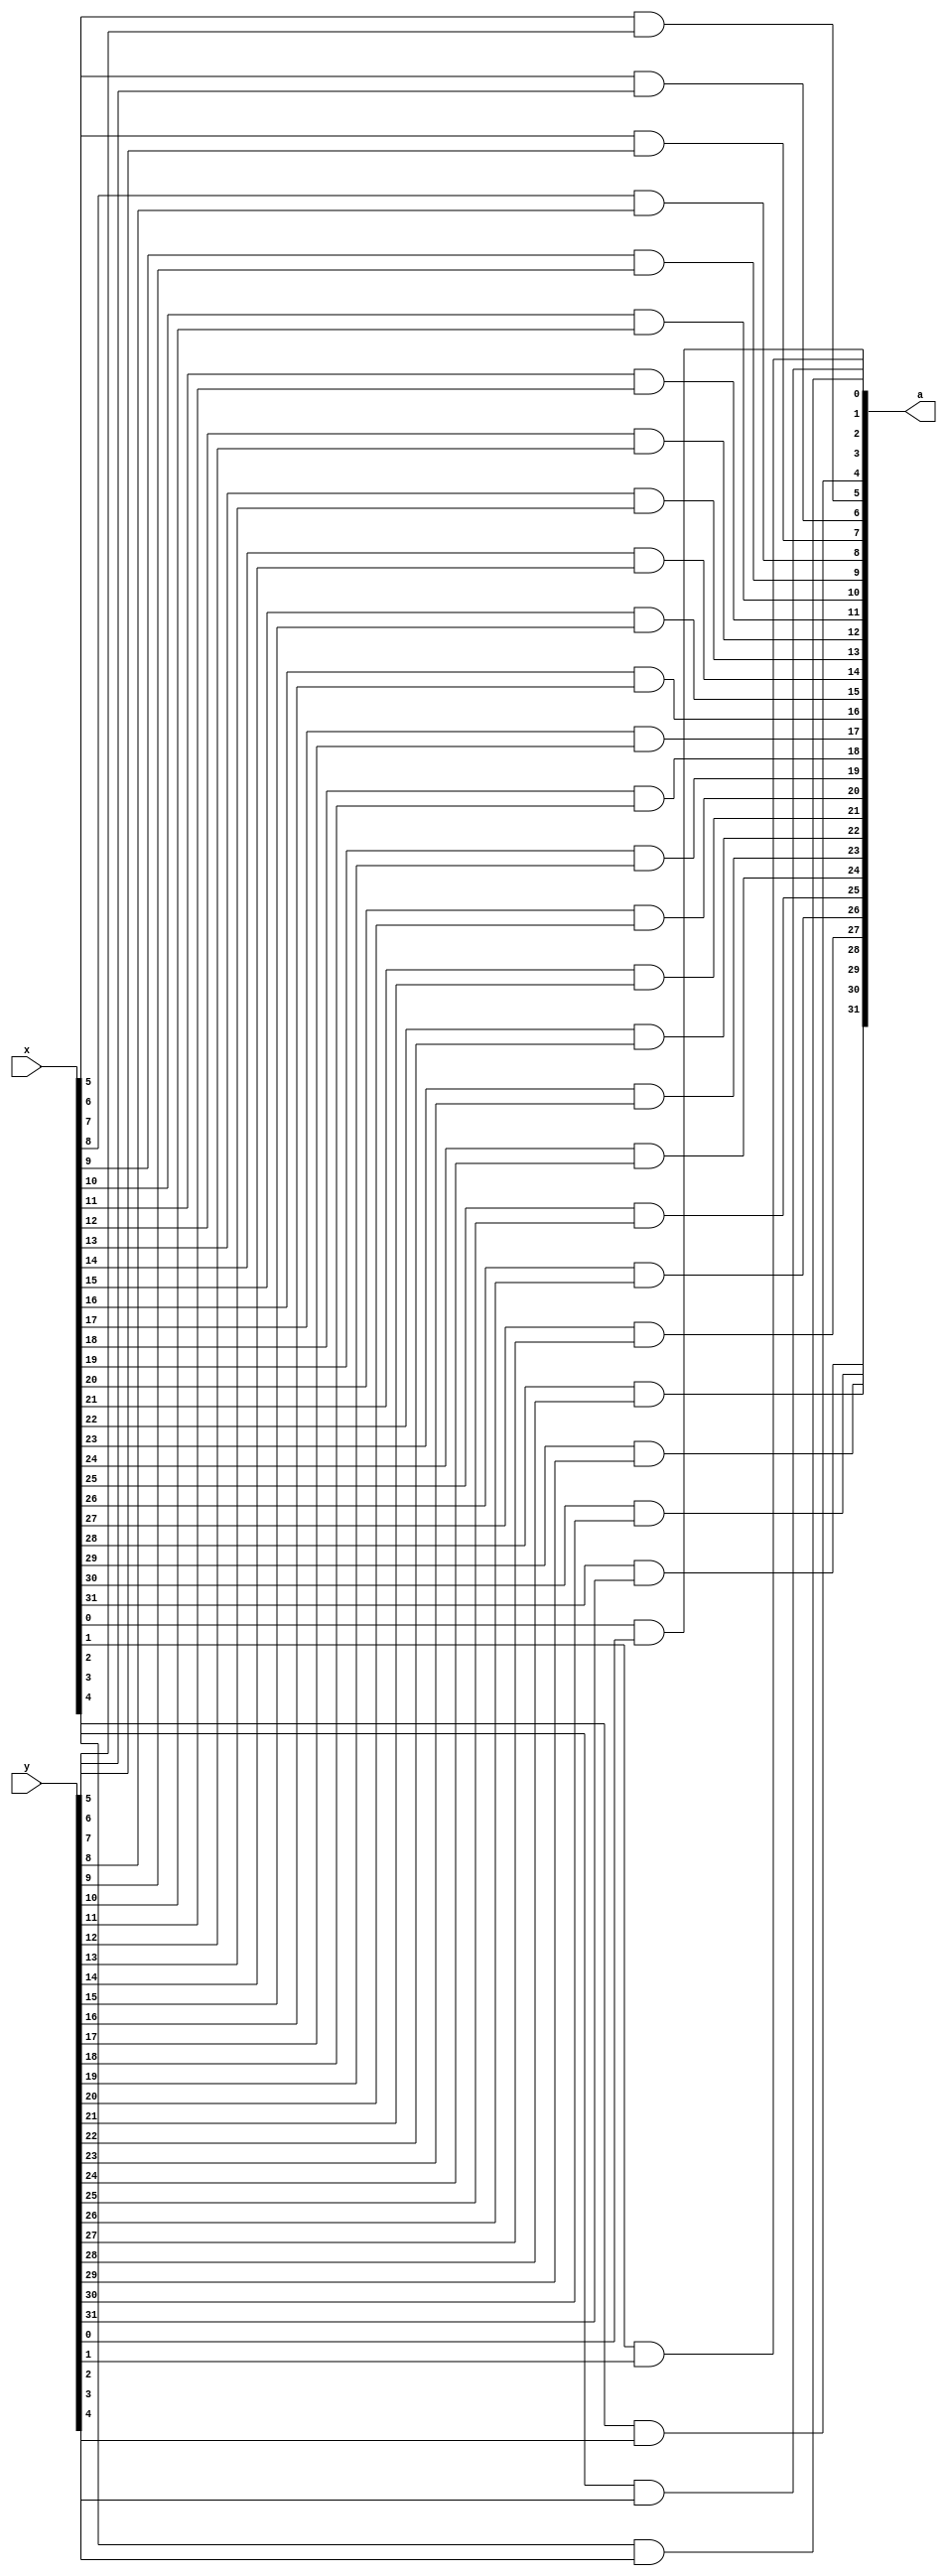
module and_gate32(a, x, y);
	output [31:0] a;
	input [31:0] x,y;
	
	and n0(a[0], x[0], y[0]);
	and n1(a[1], x[1],y[1]);
	and n2(a[2], x[2],y[2]);
	and n3(a[3], x[3],y[3]);
	and n4(a[4], x[4],y[4]);
	and n5(a[5], x[5],y[5]);
	and n6(a[6], x[6],y[6]);
	and n7(a[7], x[7],y[7]);
	and n8(a[8], x[8],y[8]);
	and n9(a[9], x[9],y[9]);
	and n10(a[10], x[10],y[10]);
	and n11(a[11], x[11],y[11]);
	and n12(a[12], x[12],y[12]);
	and n13(a[13], x[13],y[13]);
	and n14(a[14], x[14],y[14]);
	and n15(a[15], x[15],y[15]);
	
	and n16(a[16], x[16],y[16]);
	and n17(a[17], x[17],y[17]);
	and n18(a[18], x[18],y[18]);
	and n19(a[19], x[19],y[19]);
	and n20(a[20], x[20],y[20]);
	and n21(a[21], x[21],y[21]);
	and n22(a[22], x[22],y[22]);
	and n23(a[23], x[23],y[23]);
	and n24(a[24], x[24],y[24]);
	and n25(a[25], x[25],y[25]);
	and n26(a[26], x[26],y[26]);
	and n27(a[27], x[27],y[27]);
	and n28(a[28], x[28],y[28]);
	and n29(a[29], x[29],y[29]);
	and n30(a[30], x[30],y[30]);
	and n31(a[31], x[31],y[31]);
	
endmodule